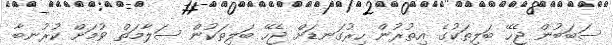
ސަބަބުން ޖެހޭ ބަލިތަކުގެ އިތުރުން ހިރުގަނޑަށް ޖެހޭ ބަލިތަކުން ސަލާމަތް ވުމަށް ކުރުނބާ